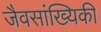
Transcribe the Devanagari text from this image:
जैवसांख्यिकी